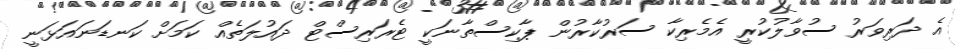
އެ ދަރިވަރު ސުވާލުކުރީ އެމެރިކާ ސަރުކާރުން ޕާކިސްތާނަކީ ޓެރަރިސްޓް ދައުލަތެއް ކަމަށް ކަނޑަނައަޅަނީ